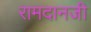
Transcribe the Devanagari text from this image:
रामदानजी